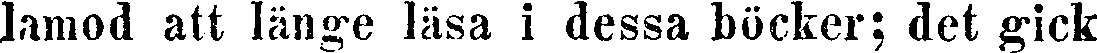
lamod att länge läsa i dessa böcker; det gick